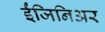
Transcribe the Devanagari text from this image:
ईंजिनिअर